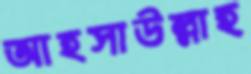
আহসাউল্লাহ